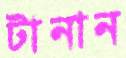
টানান